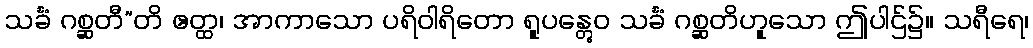
သင်္ခံ ဂစ္ဆတီ”တိ ဧတ္ထ၊ အာကာသော ပရိဝါရိတော ရူပန္တွေဝ သင်္ခံ ဂစ္ဆတိဟူသော ဤပါဌ်၌။ သရီရေ၊